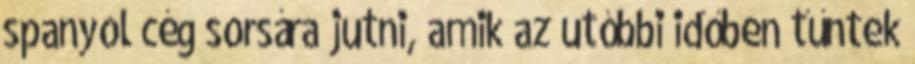
spanyol cég sorsára jutni, amik az utóbbi időben tűntek